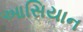
આસિયાન